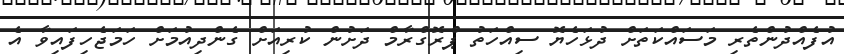
އުފެއްދުންތެރި މަސައްކަތަށް ދުޅަހެޔޮ ސިއްހަތު ޕްރޮގްރާމް ދަށުން ކުރިއަށް ގެންދިއުމަށް ހަމަޖެހިފައިވާ އެ